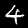
Label: 4